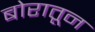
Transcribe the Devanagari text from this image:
बोरातून